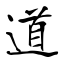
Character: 道